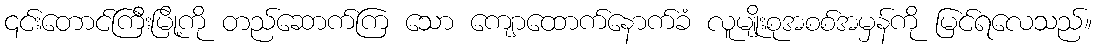
၎င်းတောင်ကြီးမြို့ကို တည်ဆောက်ကြ သော ကျောထောက်နောက်ခံ လူမျိုးစုအစစ်အမှန်ကို မြင်ရလေသည်။